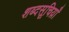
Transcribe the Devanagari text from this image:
शब्दसूचिय़ाँ